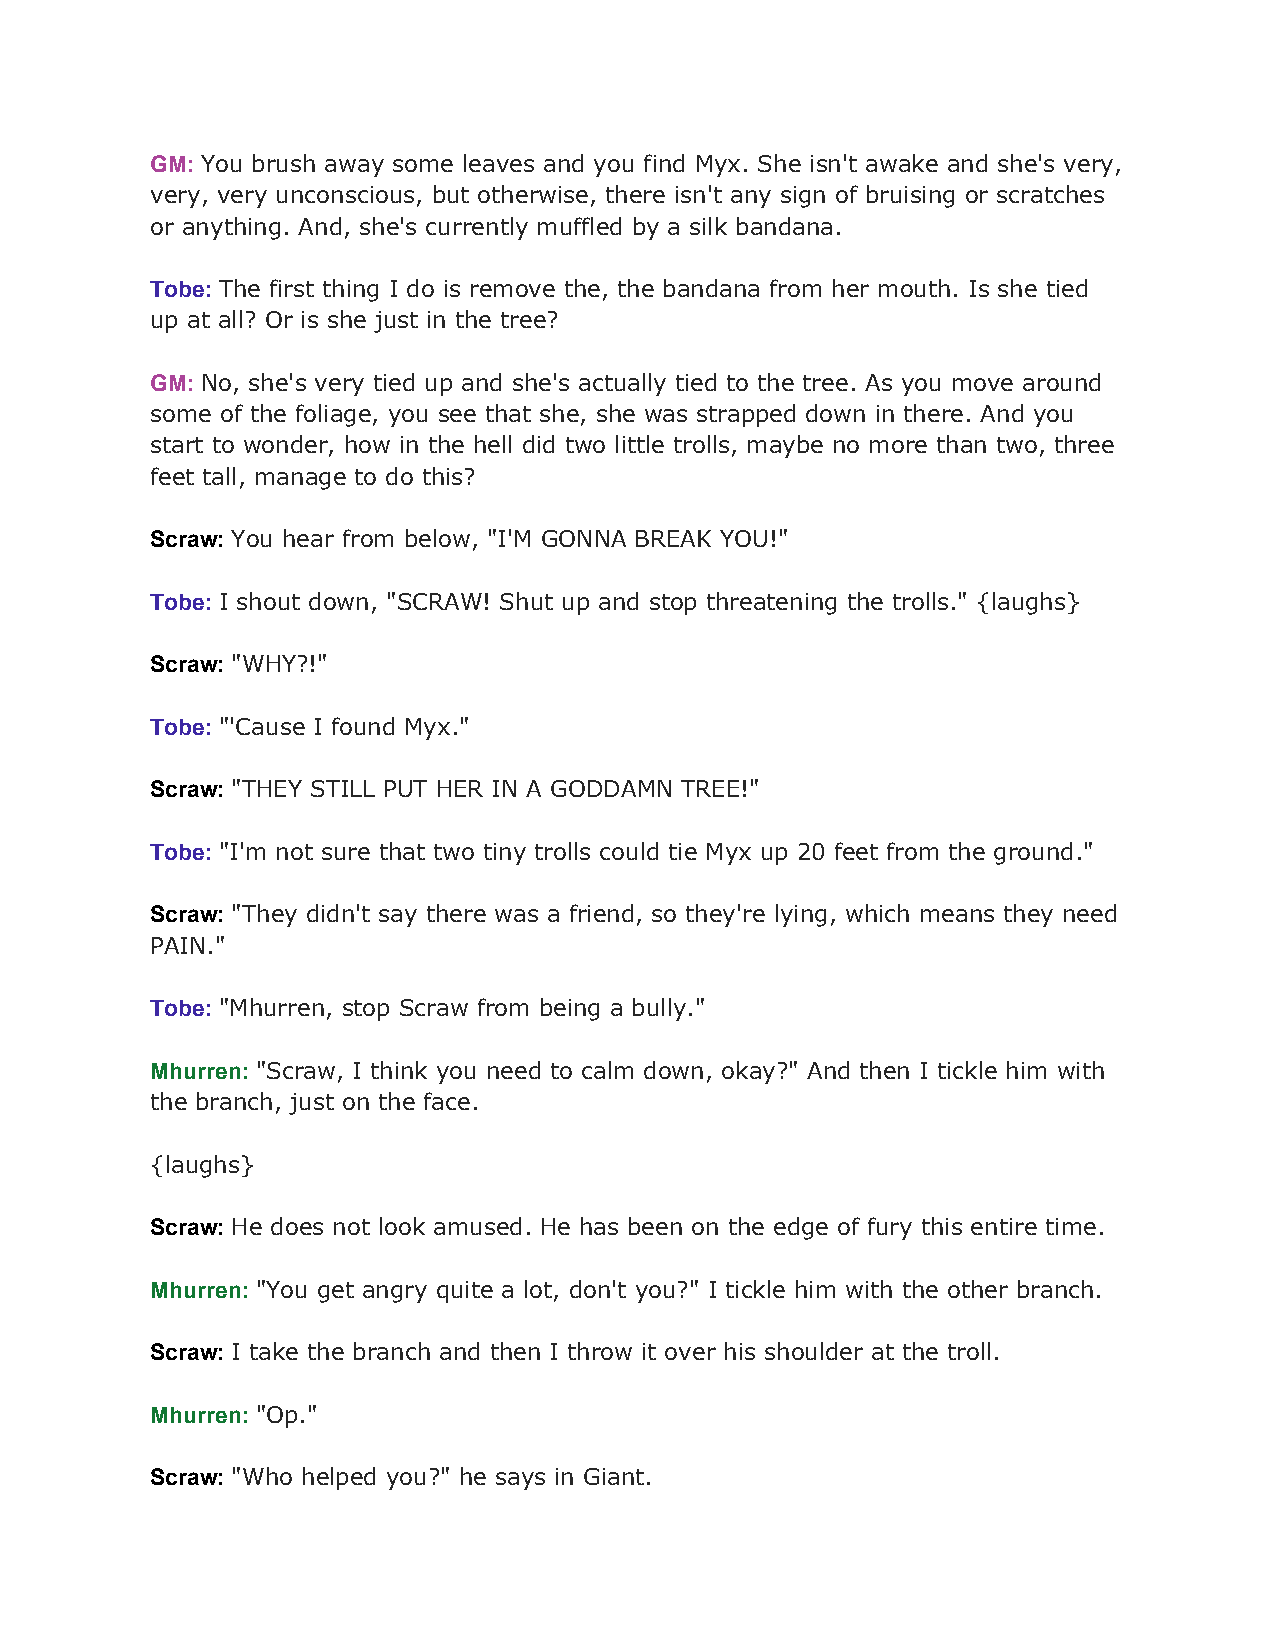
GM: You brush away some leaves and you find Myx. She isn't awake and she's very,
 ​
 very, very unconscious, but otherwise, there isn't any sign of bruising or scratches
 or anything. And, she's currently muffled by a silk bandana.
 Tobe: The first thing I do is remove the, the bandana from her mouth. Is she tied
 ​
 up at all? Or is she just in the tree?
 GM: No, she's very tied up and she's actually tied to the tree. As you move around
 ​
 some of the foliage, you see that she, she was strapped down in there. And you
 start to wonder, how in the hell did two little trolls, maybe no more than two, three
 feet tall, manage to do this?
 Scraw: You hear from below, "I'M GONNA BREAK YOU!"
 ​
 Tobe: I shout down, "SCRAW! Shut up and stop threatening the trolls." {laughs}
 ​
 Scraw: "WHY?!"
 ​
 Tobe: "'Cause I found Myx."
 ​
 Scraw: "THEY STILL PUT HER IN A GODDAMN TREE!"
 ​
 Tobe: "I'm not sure that two tiny trolls could tie Myx up 20 feet from the ground."
 ​
 Scraw: "They didn't say there was a friend, so they're lying, which means they need
 ​
 PAIN."
 Tobe: "Mhurren, stop Scraw from being a bully."
 ​
 Mhurren: "Scraw, I think you need to calm down, okay?" And then I tickle him with
 ​
 the branch, just on the face.
 {laughs}
 Scraw: He does not look amused. He has been on the edge of fury this entire time.
 ​
 Mhurren: "You get angry quite a lot, don't you?" I tickle him with the other branch.
 ​
 Scraw: I take the branch and then I throw it over his shoulder at the troll.
 ​
 Mhurren: "Op."
 ​
 Scraw: "Who helped you?" he says in Giant.
 ​